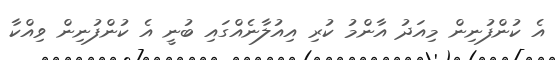
އެ ކުންފުނިން މިއަދު އާންމު ކުރި އިއުލާނެއްގައި ބުނީ އެ ކުންފުނިން ވިއްކާ